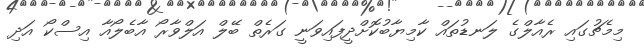
މިމެޗުގައި ރެއާލްގެ ލަނޑުތައް ކާމިޔާބުކޮށްދީފައިވަނީ ގަރެތް ބޭލް އަލްވާރޯ އާބެލޯއާ އިސްކޯ އަދި